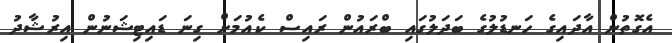
އެގޮތުން އާދައިގެ ހަނޑުލުގެ ބަދަލުގައި ބްރައުން ރައިސް ކެއުމަށް ގިނަ ޑައިޓިޝަނުން އިރުޝާދު